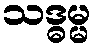
သဒ္ဓမ္မ